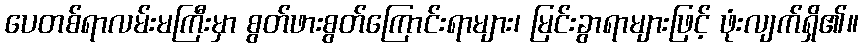
ပေတစ်ရာလမ်းမကြီးမှာ စွတ်ဖားစွတ်ကြောင်းရာများ၊ မြင်းခွာရာများဖြင့် ဖုံးလျက်ရှိ၏။